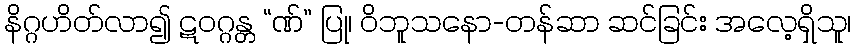
နိဂ္ဂဟိတ်လာ၍ ဋဝဂ္ဂန္တ “ဏ်” ပြု၊ ဝိဘူသနော-တန်ဆာ ဆင်ခြင်း အလေ့ရှိသူ၊